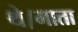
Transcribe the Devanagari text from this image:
थे।माता